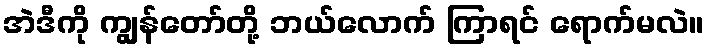
အဲဒီကို ကျွန်တော်တို့ ဘယ်လောက် ကြာရင် ရောက်မလဲ။